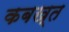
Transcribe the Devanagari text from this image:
कबख्त